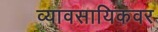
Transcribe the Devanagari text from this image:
व्यावसायिकवर